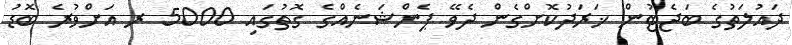
ދައުލަތުގެ ބަޖެޓުން ޚަރަދުކޮށްގެން ދެވޭ ޕެންޝަނެއްގެ ގޮތުގައި 5000 ރ އަށްވުރެ ބޮޑު